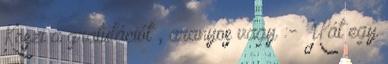
Köszi a gratulációt , aranyos vagy :- Hát egy